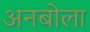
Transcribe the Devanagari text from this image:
अनबोला